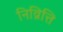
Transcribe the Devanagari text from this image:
निव्रित्ति